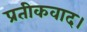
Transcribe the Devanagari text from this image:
प्रतीकवाद।